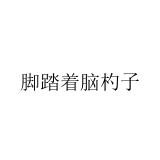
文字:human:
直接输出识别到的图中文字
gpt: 脚踏着脑杓子